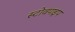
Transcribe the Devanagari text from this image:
स्टोवपाइप